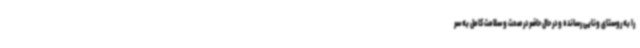
را به روستای ونایی رسانده و در حال حاضر در صحت و سلامت کامل به سر